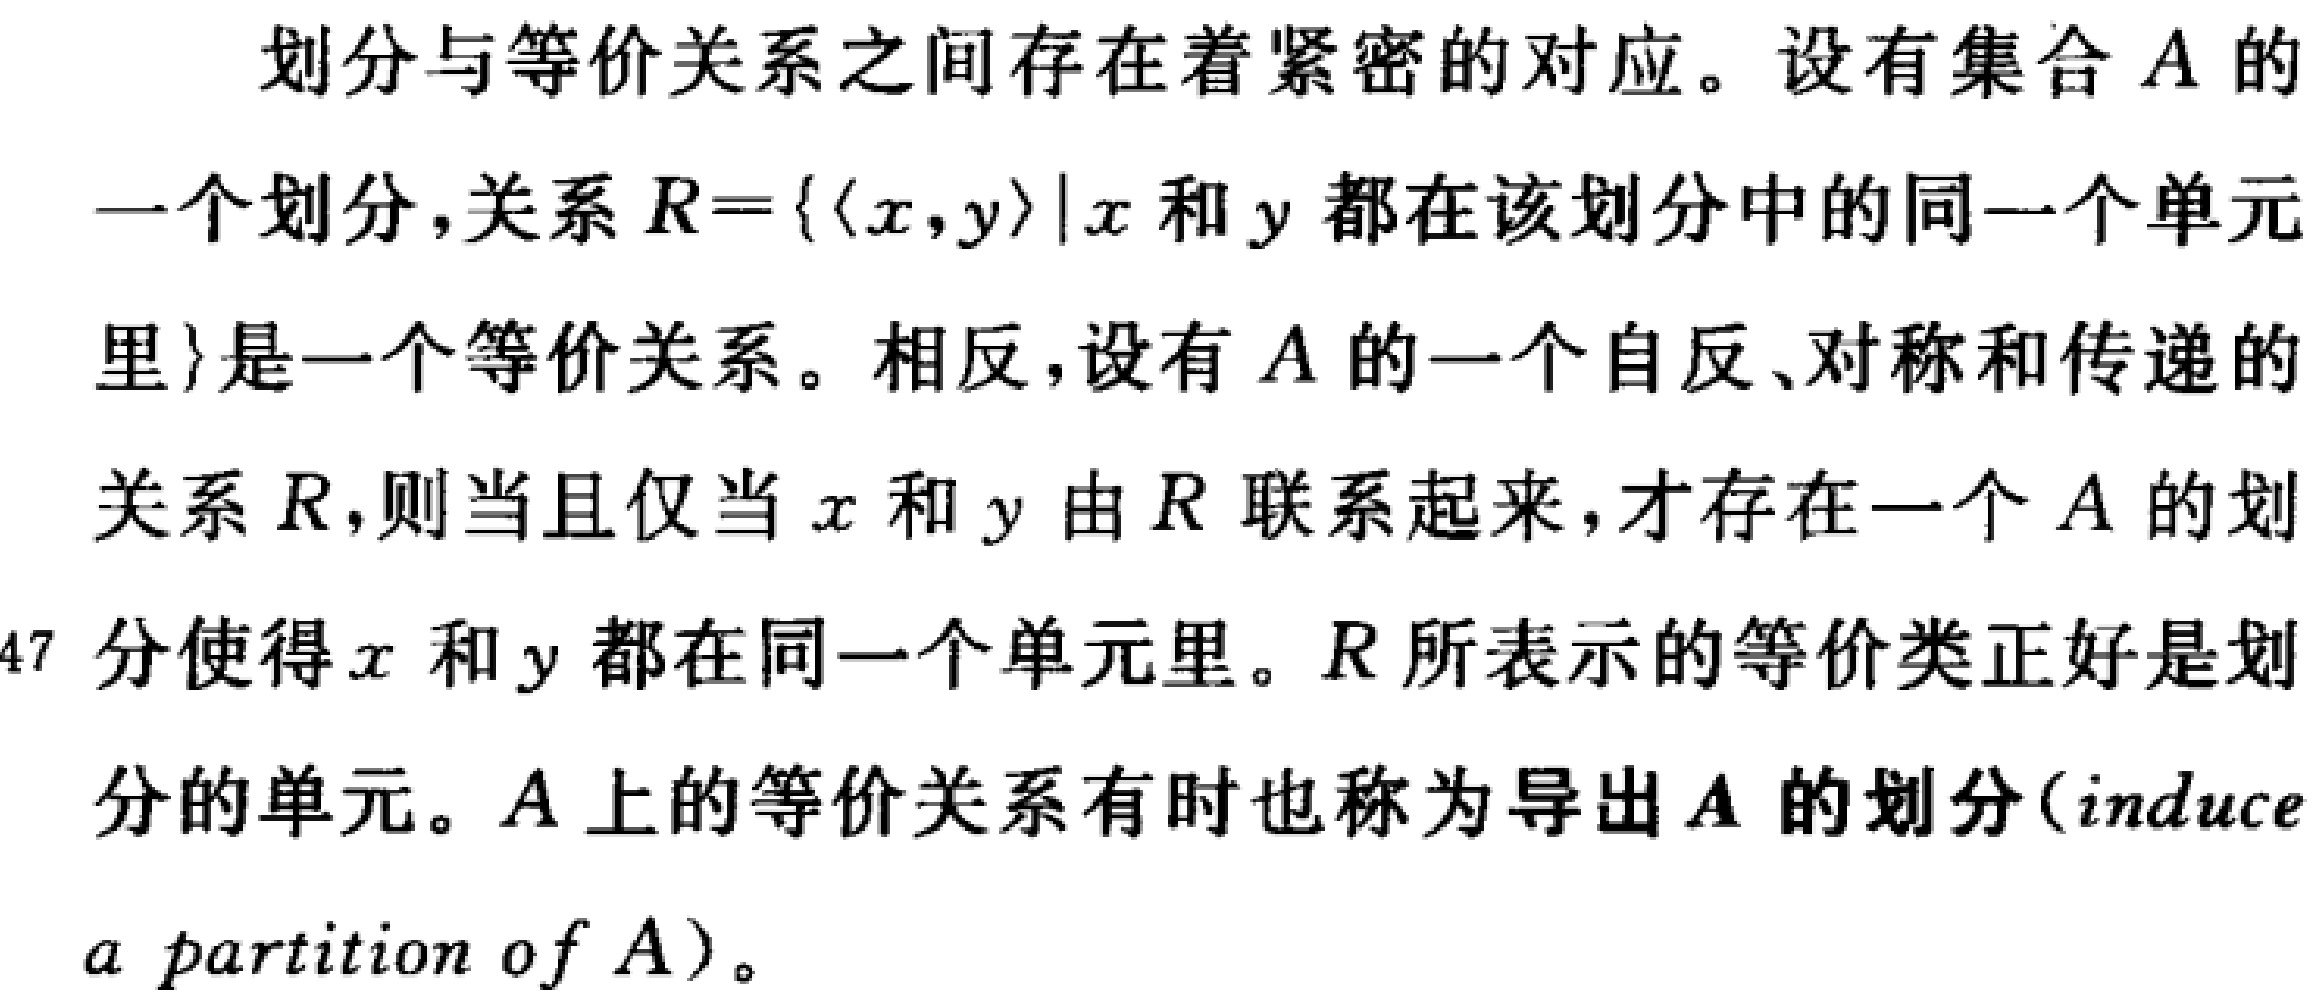
划分与等价关系之间存在着紧密的对应。设有集合 \(A\) 的

一个划分，关系 \(R = \{ \langle x, y\rangle | x\) 和 \(y\) 都在该划分中的同一个单元

里 \} 是一个等价关系。相反，设有 \(A\) 的一个自反、对称和传递的

关系 \(R\)，则当且仅当 \(x\) 和 \(y\) 由 \(R\) 联系起来，才存在一个 \(A\) 的划

分使得 \(x\) 和 \(y\) 都在同一个单元里。\(R\) 所表示的等价类正好是划

分的单元。\(A\) 上的等价关系有时也称为导出 \(A\) 的划分（induce

a partition of \(A\)）。